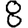
Digit: 8